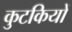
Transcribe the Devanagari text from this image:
कुटकियों